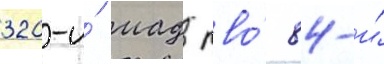
320-и́ иад пво́ 84-и́